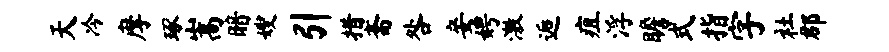
天冷摩琢嵩暗嫂引措斋咎妾娉激逅疽浮瞻式指字社郡